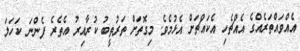
އެއްވައްތަރެއްގެ އެއްޗެހި އެކައްޗަށް އެޅުމެވެ. މިގޮތަށް ތަރުތީބު ކުރާއިރު އެތެރެ ފެންނަ ކަހަލަ